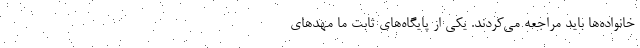
خانواده‌ها باید مراجعه می‌کردند. یکی از پایگاه‌های ثابت ما مهدهای